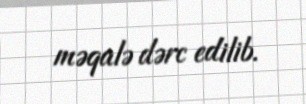
məqalə dərc edilib.